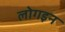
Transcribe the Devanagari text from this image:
लोगइन